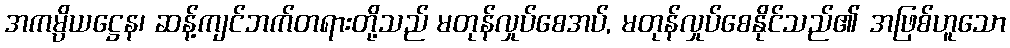
အကမ္ပိယဋ္ဌေန၊ ဆန့်ကျင်ဘက်တရားတို့သည် မတုန်လှုပ်စေအပ်, မတုန်လှုပ်စေနိုင်သည်၏ အဖြစ်ဟူသော